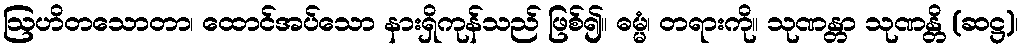
ဩဟိတသောတာ၊ ထောင်အပ်သော နားရှိကုန်သည် ဖြစ်၍။ ဓမ္မံ၊ တရားကို။ သုဏန္တာ သုဏန္တိ (ဆဋ္ဌ)၊